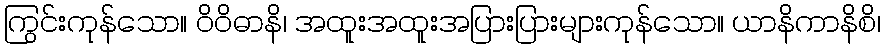
ကြွင်းကုန်သော။ ဝိဝိဓာနိ၊ အထူးအထူးအပြားပြားများကုန်သော။ ယာနိကာနိစိ၊